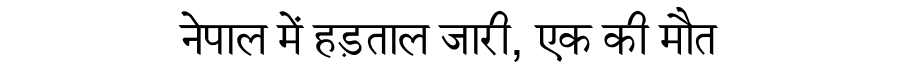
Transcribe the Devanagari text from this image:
नेपाल में हड़ताल जारी, एक की मौत